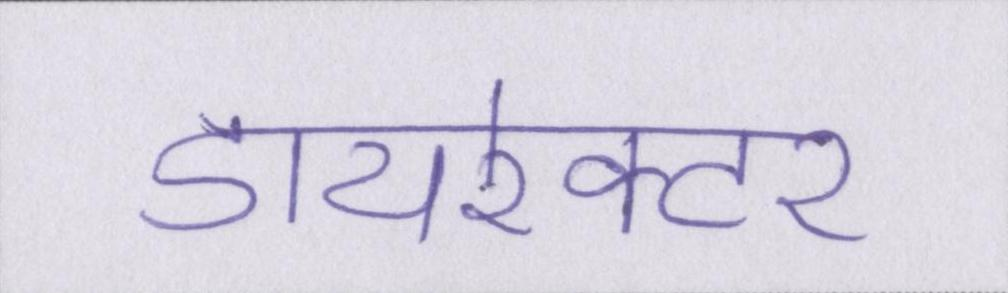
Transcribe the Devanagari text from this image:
डायरेक्टर